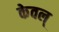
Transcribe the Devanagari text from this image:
केवल्